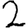
Digit: 2